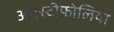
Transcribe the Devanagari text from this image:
अंगस्टीफोलिया